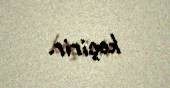
keçirir.